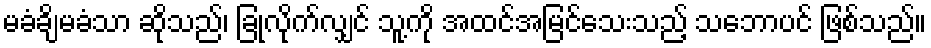
မခံချိမခံသာ ဆိုသည်၊ ခြုံလိုက်လျှင် သူ့ကို အထင်အမြင်သေးသည့် သဘောပင် ဖြစ်သည်။